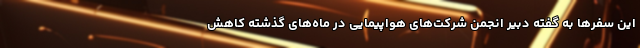
این سفرها به گفته دبیر انجمن شرکت‌های هواپیمایی در ماه‌های گذشته کاهش